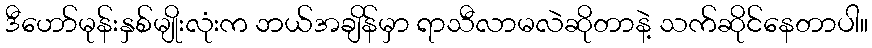
ဒီဟော်မုန်းနှစ်မျိုးလုံးက ဘယ်အချိန်မှာ ရာသီလာမလဲဆိုတာနဲ့ သက်ဆိုင်နေတာပါ။